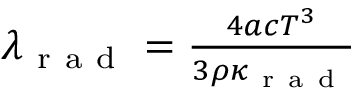
\begin{array} { r } { \lambda _ { \mathrm { ~ r ~ a ~ d ~ } } = \frac { 4 a c T ^ { 3 } } { 3 \rho \kappa _ { \mathrm { ~ r ~ a ~ d ~ } } } } \end{array}